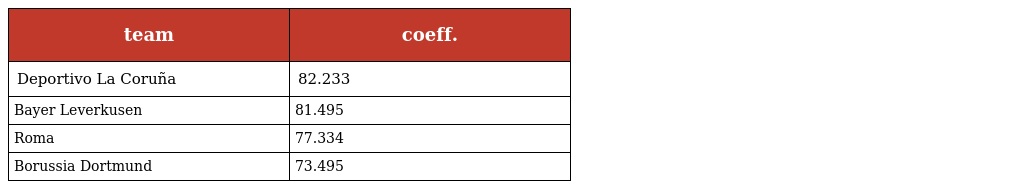
| team | coeff. |
 | --- | --- |
 | Deportivo La Coruña | 82.233 |
 | Bayer Leverkusen | 81.495 |
 | Roma | 77.334 |
 | Borussia Dortmund | 73.495 |